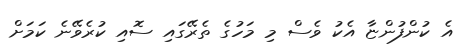
އެ ކުންފުންޏާ އެކު ވެސް މި މަހުގެ ތެރޭގައި ސޮއި ކުރެވޭނެ ކަމަށް